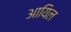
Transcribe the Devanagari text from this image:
आयिल